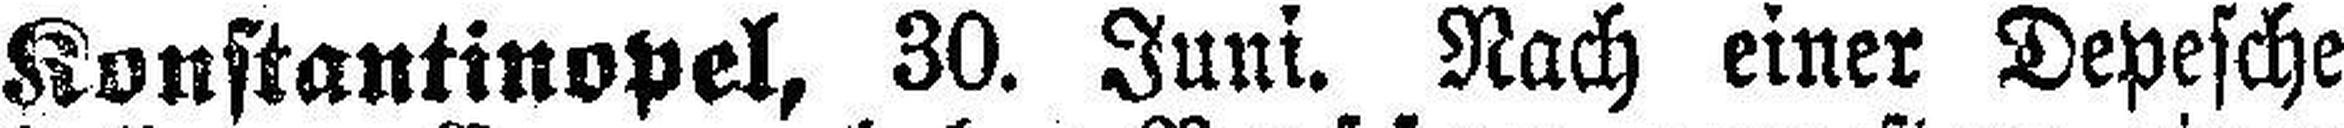
Konstantinopel, 30. Juni. Nach einer Depesche